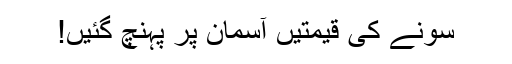
سونے کی قیمتیں آسمان پر پہنچ گئیں!